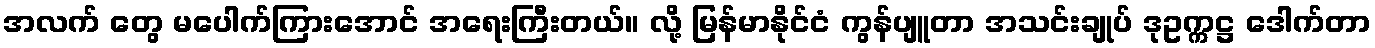
အလက် တွေ မပေါက်ကြားအောင် အရေးကြီးတယ်။ လို့ မြန်မာနိုင်ငံ ကွန်ပျူတာ အသင်းချုပ် ဒုဥက္ကဋ္ဌ ဒေါက်တာ